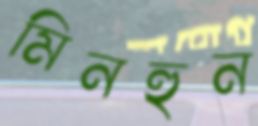
মিনহুন